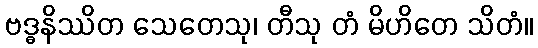
ဗဒ္ဓနိဿိတ သေတေသု၊ တီသု တံ မိဟိတေ သိတံ။